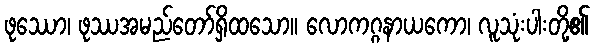
ဖုဿော၊ ဖုဿအမည်တော်ရှိထသော။ လောကဂ္ဂနာယကော၊ လူသုံးပါးတို့၏